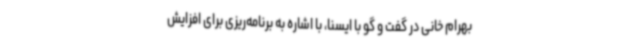
بهرام خانی در گفت و گو با ایسنا، با اشاره به برنامه‌ریزی برای افزایش